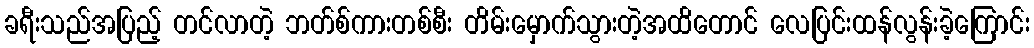
ခရီးသည်အပြည့် တင်လာတဲ့ ဘတ်စ်ကားတစ်စီး တိမ်းမှောက်သွားတဲ့အထိတောင် လေပြင်းထန်လွန်းခဲ့ကြောင်း